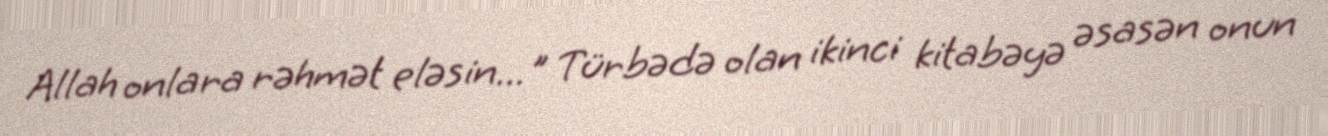
Allah onlara rəhmət eləsin..." Türbədə olan ikinci kitabəyə əsasən onun